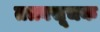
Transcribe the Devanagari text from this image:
तत्त्वसूचक